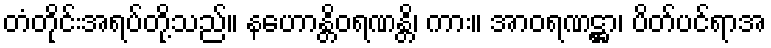
တံတိုင်းအရပ်တို့သည်။ နဟောန္တိဝရဏန္တိ၊ ကား။ အာဝရဏဋ္ဌာ၊ ပိတ်ပင်ရာအ